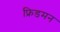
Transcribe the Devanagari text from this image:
फ्रिडमन